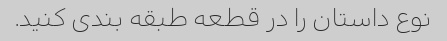
نوع داستان را در قطعه طبقه بندی کنید.